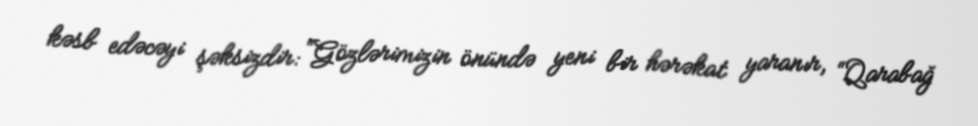
kəsb edəcəyi şəksizdir: “Gözlərimizin önündə yeni bir hərəkat yaranır, “Qarabağ